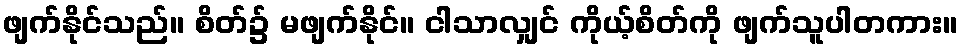
ဖျက်နိုင်သည်။ စိတ်၌ မဖျက်နိုင်။ ငါသာလျှင် ကိုယ့်စိတ်ကို ဖျက်သူပါတကား။